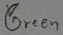
Text: Green